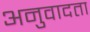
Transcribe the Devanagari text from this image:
अनुवादता